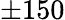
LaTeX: \pm 150